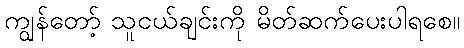
ကျွန်တော့် သူငယ်ချင်းကို မိတ်ဆက်ပေးပါရစေ။